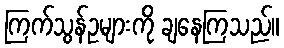
ကြက်သွန်ဥများကို ချနေကြသည်။